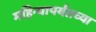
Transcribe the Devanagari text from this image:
महिन्यापर्यंतच्या